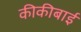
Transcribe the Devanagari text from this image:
कीकीबाई